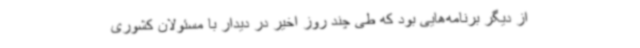
از دیگر برنامه‌هایی بود که طی چند روز اخیر در دیدار با مسئولان کشوری